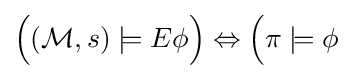
{\Big (}({\mathcal {M}},s)\models E\phi {\Big )}\Leftrightarrow {\Big (}\pi \models \phi